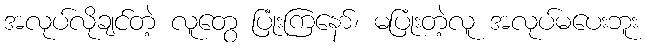
အလုပ်လိုချင်တဲ့ လူတွေ ပြုံးကြနော်၊ မပြုံးတဲ့လူ အလုပ်မပေးဘူး